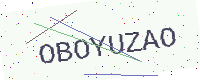
Text: OBOYUZAO